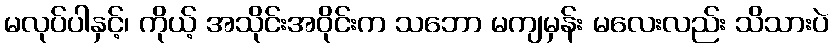
မလုပ်ပါနှင့်၊ ကိုယ့် အသိုင်းအဝိုင်းက သဘော မကျမှန်း မလေးလည်း သိသားပဲ